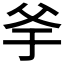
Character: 𤕎